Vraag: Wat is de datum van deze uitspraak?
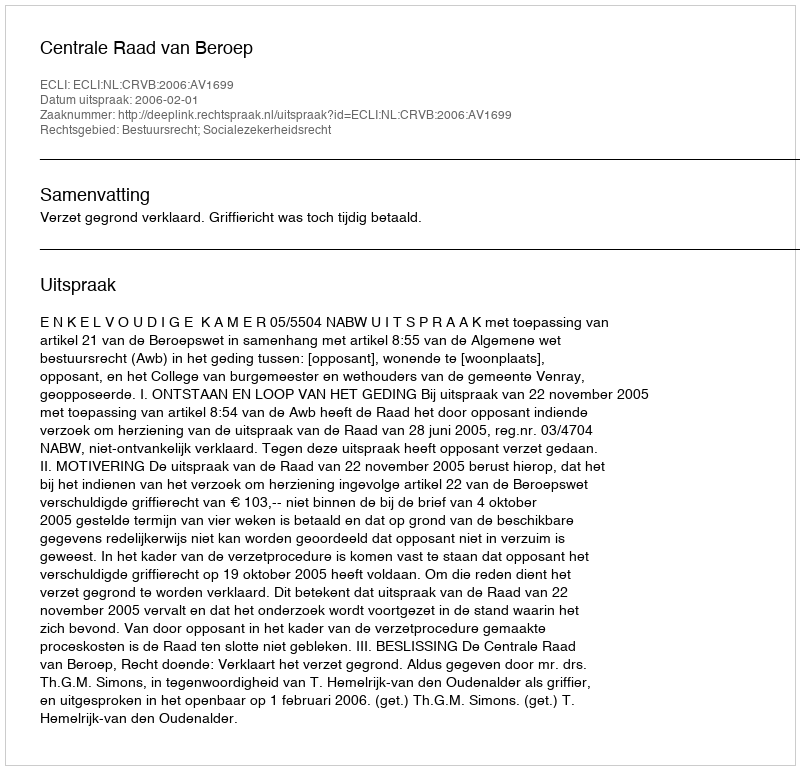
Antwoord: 2006-02-01